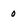
Character: o